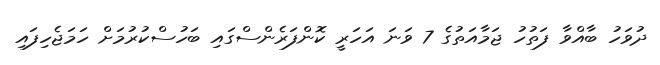
ދުވަހު ބާއްވާ ފަތުހު ޖަމާއަތުގެ 7 ވަނަ އަހަރީ ކޮންފަރެންސްގައި ބަހުސްކުރުމަށް ހަމަޖެހިފައި